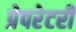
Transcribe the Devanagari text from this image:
प्रेपरेटरी